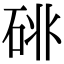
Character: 𥒩